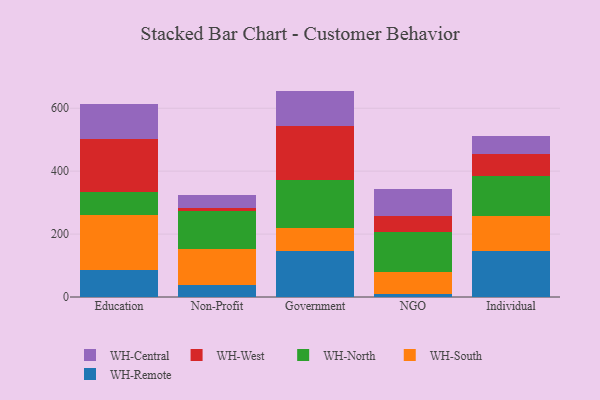
{"axis": {"x": "Segment", "y": "Gross Profit (USD K)"}, "legend": ["WH-Central", "WH-North", "WH-Remote", "WH-South", "WH-West"], "data": [{"x": "Education", "y": 86.9, "type": "WH-Remote"}, {"x": "Education", "y": 174.8, "type": "WH-South"}, {"x": "Education", "y": 73.2, "type": "WH-North"}, {"x": "Education", "y": 166.9, "type": "WH-West"}, {"x": "Education", "y": 111.4, "type": "WH-Central"}, {"x": "Non-Profit", "y": 39.4, "type": "WH-Remote"}, {"x": "Non-Profit", "y": 112.9, "type": "WH-South"}, {"x": "Non-Profit", "y": 119.8, "type": "WH-North"}, {"x": "Non-Profit", "y": 9.7, "type": "WH-West"}, {"x": "Non-Profit", "y": 40.9, "type": "WH-Central"}, {"x": "Government", "y": 146.7, "type": "WH-Remote"}, {"x": "Government", "y": 71.7, "type": "WH-South"}, {"x": "Government", "y": 152.9, "type": "WH-North"}, {"x": "Government", "y": 172.7, "type": "WH-West"}, {"x": "Government", "y": 111.2, "type": "WH-Central"}, {"x": "NGO", "y": 10.6, "type": "WH-Remote"}, {"x": "NGO", "y": 69.8, "type": "WH-South"}, {"x": "NGO", "y": 127.0, "type": "WH-North"}, {"x": "NGO", "y": 51.2, "type": "WH-West"}, {"x": "NGO", "y": 85.7, "type": "WH-Central"}, {"x": "Individual", "y": 145.4, "type": "WH-Remote"}, {"x": "Individual", "y": 112.6, "type": "WH-South"}, {"x": "Individual", "y": 127.5, "type": "WH-North"}, {"x": "Individual", "y": 68.3, "type": "WH-West"}, {"x": "Individual", "y": 58.4, "type": "WH-Central"}]}